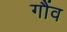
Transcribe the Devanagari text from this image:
गौंव